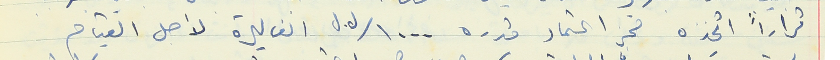
قراراً اتخذه حجز اعتماد قدره ١٠٠٠/ل.ل الف ليرة لأجل القيام